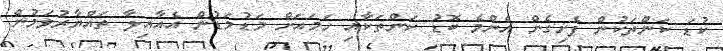
ކުޑަ ކަންތަކުން ފެށިގެން އެންމެ ބޮޑު ކަންތަކާއި ހަމައަށް މަޑުމަޑުން އެއާއިލާ ތައްޔާރުވަމުން